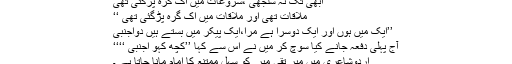
’’ابھی تک نہ سلجھی ،شروعات میں اک گرہ پڑگئی تھی
ملاقات تھی اور ملاقات میں اک گرہ پڑگئی تھی ‘‘
’’ایک میں ہوں اور ایک دوسرا ہے مرا،ایک پیکر میں بستے ہیں دواجنبی
آج پہلی دفعہ جانے کیا سوچ کر میں نے اُس سے کہا ’’کچھ کہو اجنبی ‘‘‘‘
اردوشاعری میں میر تقی میر ؔ کو سہل ممتنع کا امام مانا جاتا ہے ۔